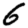
Digit: 6